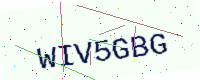
Text: WIV5GBG